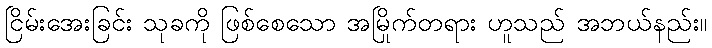
ငြိမ်းအေးခြင်း သုခကို ဖြစ်စေသော အမြိုက်တရား ဟူသည် အဘယ်နည်း။